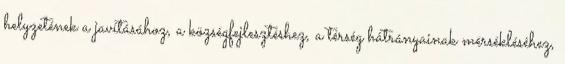
helyzetének a javításához, a községfejlesztéshez, a térség hátrányainak mérsékléséhez,